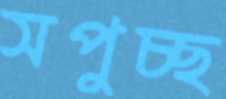
সপুচ্ছ